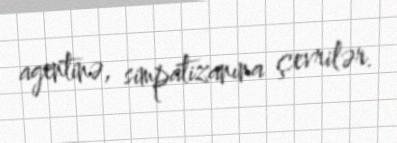
agentinə, simpatizanına çevrilər.